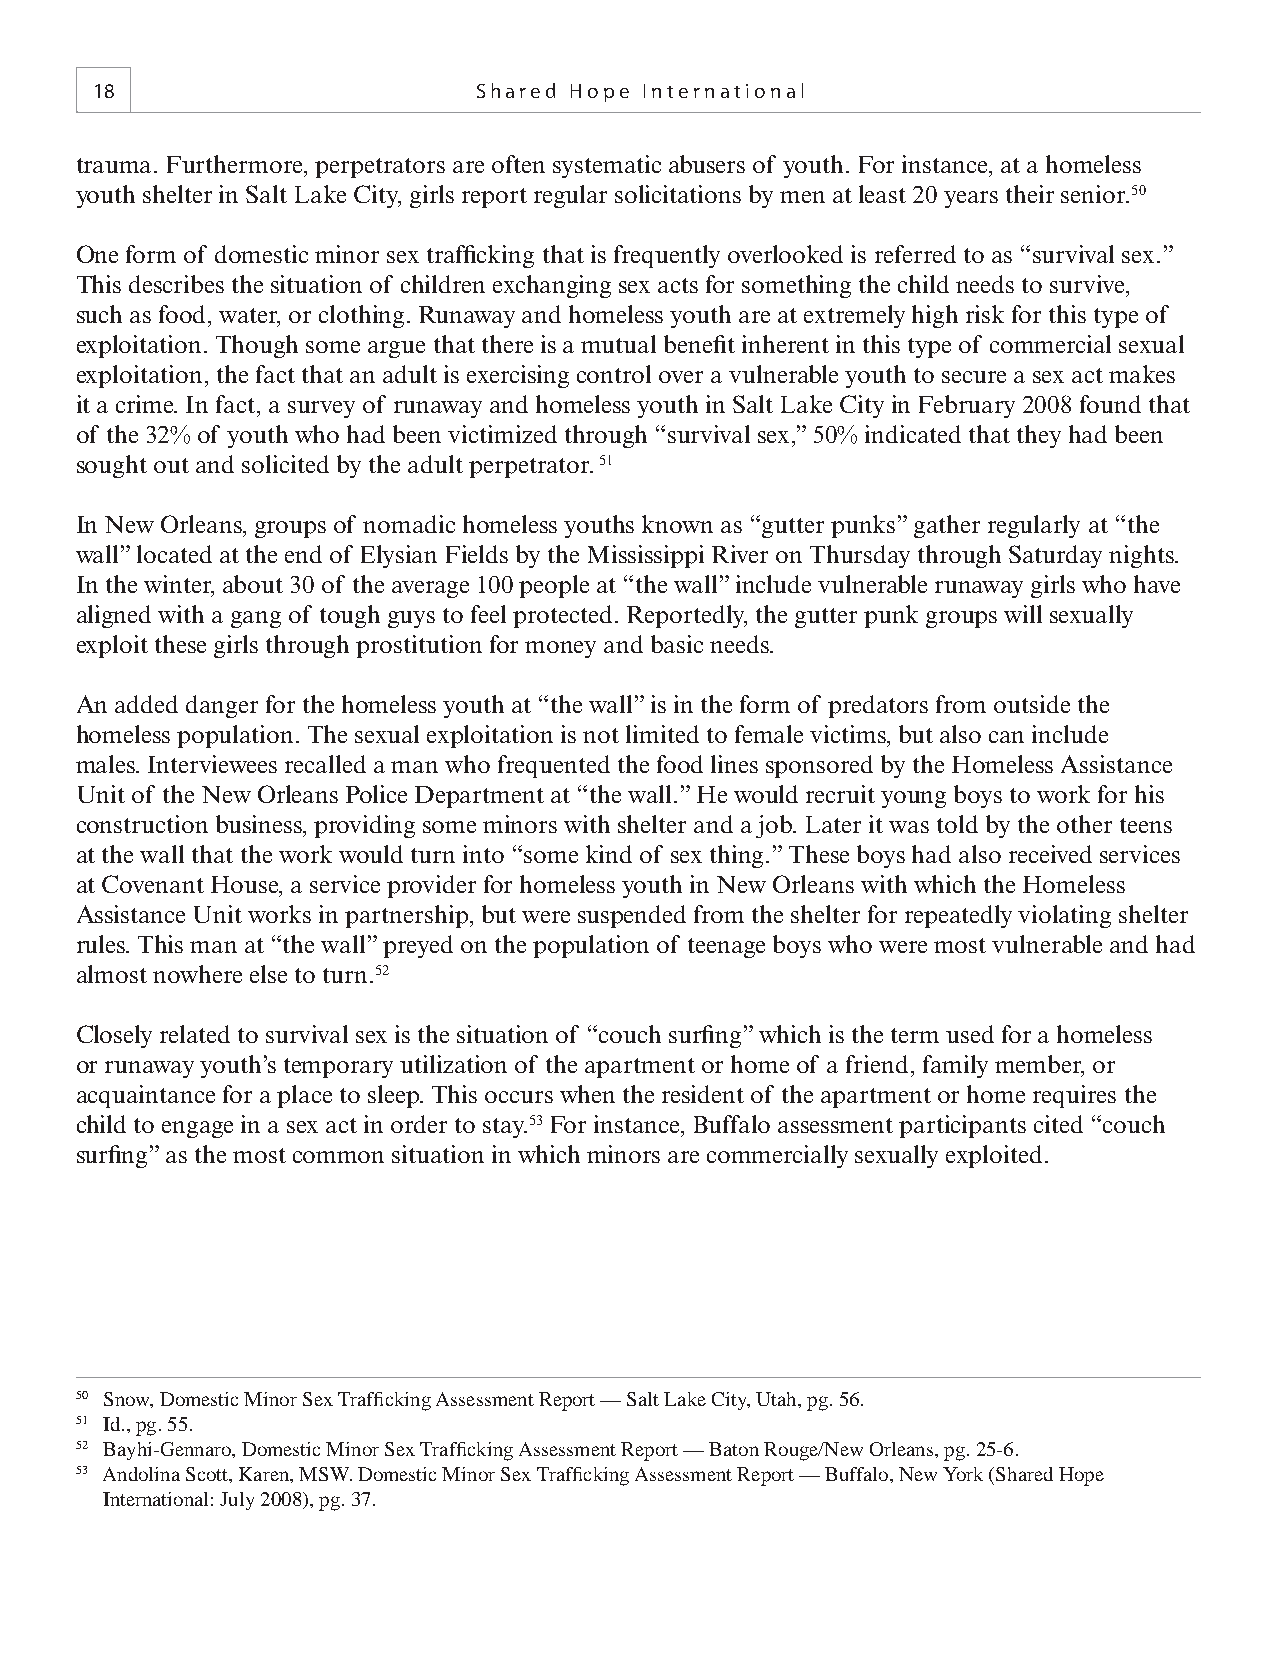
18                       Shared Hope International
 trauma. Furthermore, perpetrators are often systematic abusers of youth. For instance, at a homeless
 youth shelter in Salt Lake City, girls report regular solicitations by men at least 20 years their senior.50
 One form of domestic minor sex traffi cking that is frequently overlooked is referred to as “survival sex.”
 This describes the situation of children exchanging sex acts for something the child needs to survive,
 such as food, water, or clothing. Runaway and homeless youth are at extremely high risk for this type of
 exploitation. Though some argue that there is a mutual benefi t inherent in this type of commercial sexual
 exploitation, the fact that an adult is exercising control over a vulnerable youth to secure a sex act makes
 it a crime. In fact, a survey of runaway and homeless youth in Salt Lake City in February 2008 found that
 of the 32% of youth who had been victimized through “survival sex,” 50% indicated that they had been
 sought out and solicited by the adult perpetrator. 51
 In New Orleans, groups of nomadic homeless youths known as “gutter punks” gather regularly at “the
 wall” located at the end of Elysian Fields by the Mississippi River on Thursday through Saturday nights.
 In the winter, about 30 of the average 100 people at “the wall” include vulnerable runaway girls who have
 aligned with a gang of tough guys to feel protected. Reportedly, the gutter punk groups will sexually
 exploit these girls through prostitution for money and basic needs.
 An added danger for the homeless youth at “the wall” is in the form of predators from outside the
 homeless population. The sexual exploitation is not limited to female victims, but also can include
 males. Interviewees recalled a man who frequented the food lines sponsored by the Homeless Assistance
 Unit of the New Orleans Police Department at “the wall.” He would recruit young boys to work for his
 construction business, providing some minors with shelter and a job. Later it was told by the other teens
 at the wall that the work would turn into “some kind of sex thing.” These boys had also received services
 at Covenant House, a service provider for homeless youth in New Orleans with which the Homeless
 Assistance Unit works in partnership, but were suspended from the shelter for repeatedly violating shelter
 rules. This man at “the wall” preyed on the population of teenage boys who were most vulnerable and had
 almost nowhere else to turn.52
 Closely related to survival sex is the situation of “couch surfi ng” which is the term used for a homeless
 or runaway youth’s temporary utilization of the apartment or home of a friend, family member, or
 acquaintance for a place to sleep. This occurs when the resident of the apartment or home requires the
 child to engage in a sex act in order to stay.53 For instance, Buffalo assessment participants cited “couch
 surfi ng” as the most common situation in which minors are commercially sexually exploited.
 50 Snow, Domestic Minor Sex Traffi cking Assessment Report — Salt Lake City, Utah, pg. 56.
 51 Id., pg. 55.
 52 Bayhi-Gennaro, Domestic Minor Sex Traffi cking Assessment Report — Baton Rouge/New Orleans, pg. 25-6.
 53 Andolina Scott, Karen, MSW. Domestic Minor Sex Traffi cking Assessment Report — Buffalo, New York (Shared Hope
 International: July 2008), pg. 37.